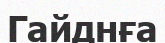
Гайднға